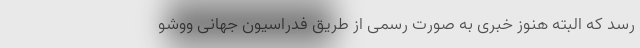
رسد که البته هنوز خبری‌ به صورت رسمی از طریق فدراسیون جهانی ووشو